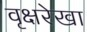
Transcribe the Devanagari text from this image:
वृक्षरेखा